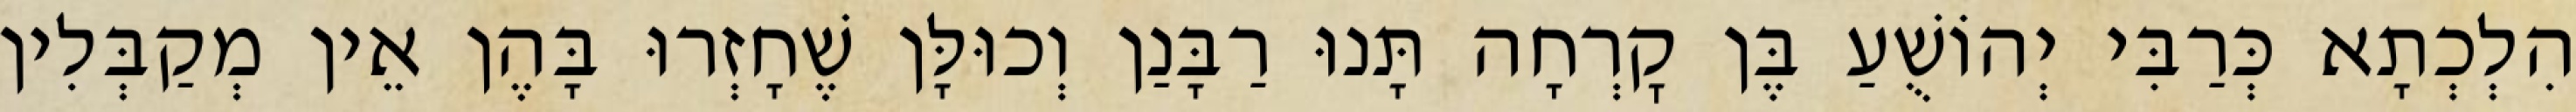
הִלְכְתָא כְּרַבִּי יְהוֹשֻׁעַ בֶּן קׇרְחָה תָּנוּ רַבָּנַן וְכוּלָּן שֶׁחָזְרוּ בָּהֶן אֵין מְקַבְּלִין